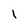
Character: 1